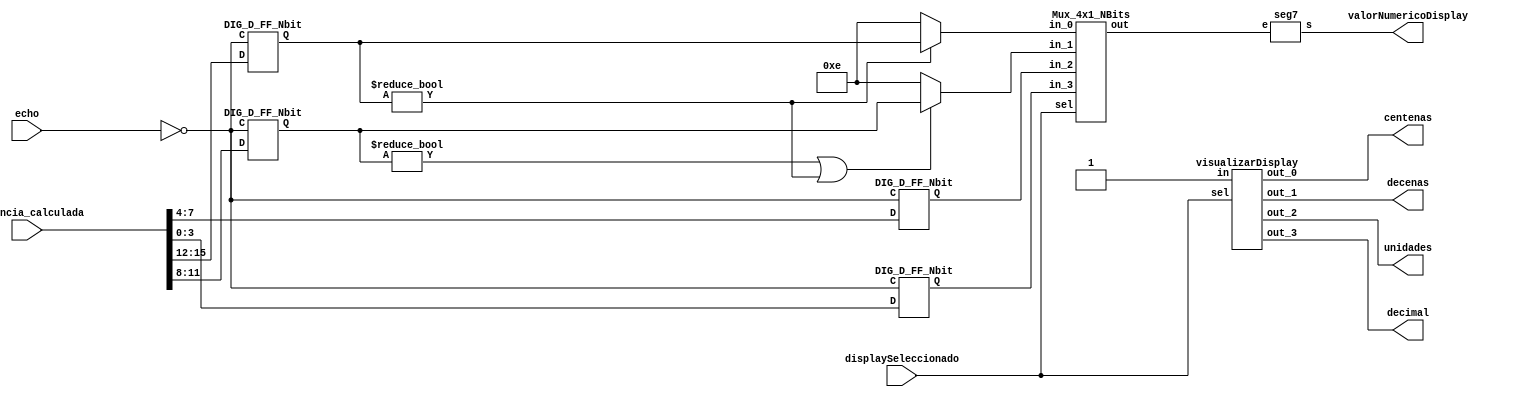
module mostrarDisplay (
  input echo,
  input [15:0] distancia_calculada,
  input [1:0] displaySeleccionado,
  output centenas,
  output decenas,
  output unidades,
  output decimal,
  output [6:0] valorNumericoDisplay
);
  wire [3:0] s8;
  wire s9;
  wire [3:0] s10;
  wire [3:0] s11;
  wire [3:0] s12;
  wire [3:0] s16;
  wire [3:0] s17;
  wire [3:0] s22;
  wire [3:0] s23;
  wire [3:0] s24;
  wire [3:0] s26;
  wire s27;
  wire [3:0] s28;
  wire s30;
  wire s31;
  wire [3:0] s32;
  
  
  assign s9 = ~ echo;
  assign s11 = distancia_calculada[3:0];
  assign s8 = distancia_calculada[7:4];
  assign s16 = distancia_calculada[11:8];
  assign s17 = distancia_calculada[15:12];
  assign s32 = 4'b1110;

DIG_D_FF_Nbit DIG_D_FF_Nbit_i15 (
    .D( s8 ),
    .C( s9 ),
    .Q( s10 )
  );
  DIG_D_FF_Nbit DIG_D_FF_Nbit_i16 (
    .D( s11 ),
    .C( s9 ),
    .Q( s12 )
  );
  DIG_D_FF_Nbit DIG_D_FF_Nbit_i17 (
    .D( s17 ),
    .C( s9 ),
    .Q( s28 )
  );
  DIG_D_FF_Nbit DIG_D_FF_Nbit_i18 (
    .D( s16 ),
    .C( s9 ),
    .Q( s26 )
  );
  assign s31 = (s26 != 4'b0 || s28 != 4'b0);
  assign s30 = s28 != 4'b0;
  assign s22 = s30 ? s28 : s32;
  assign s23 = s31 ? s26 : s32;

  Mux_4x1_NBits Mux_4x1_NBits_i24 (
    .sel( displaySeleccionado ),
    .in_0( s22 ),
    .in_1( s23 ),
    .in_2( s10 ),
    .in_3( s12 ),
    .out( s24 )
  );

seg7 seg7_i25 (
.e( s24 ),
.s( valorNumericoDisplay )
);
visualizarDisplay visualizarDisplay_i11 (
    .sel( displaySeleccionado ),
    .in( 1'b1 ),
    .out_0( centenas ),
    .out_1( decenas ),
    .out_2( unidades ),
    .out_3( decimal )
  );
endmodule

module seg7 (
  input [3:0] e,
  output [6:0] s
);
  wire e_0;
  wire e_1;
  wire e_2;
  wire s0;
  wire s1;
  wire s2;
  wire e_3;
  wire s3;
  assign e_0 = e[0];
  assign e_1 = e[1];
  assign e_2 = e[2];
  assign e_3 = e[3];
  assign s2 = ~ e_3;
  assign s1 = ~ e_2;
  assign s0 = ~ e_1;
  assign s3 = ~ e_0;
  assign s[0] = ((e_0 & s0 & s1 & s2) | (s3 & s0 & e_2) | (s3 & e_2 & e_3));
  assign s[1] = ((e_0 & s0 & e_2) | (s3 & e_1 & e_2) | (s3 & e_1 & e_3) | (s3 & e_2 & e_3));
  assign s[2] = ((s3 & e_1 & s1) | (s3 & e_1 & e_3) | (s0 & e_2 & e_3));
  assign s[3] = ((e_0 & s0 & s1) | (s3 & s0 & e_2 & s2) | (e_0 & e_1 & e_2 & s2) | (s3 & e_1 & e_3) | (e_0 & s1 & e_3));
  assign s[4] = ((e_0 & s2) | (e_0 & s0 & s1) | (s3 & e_1 & e_2 & e_3) | (s0 & e_2 & s2));
  assign s[5] = ((e_0 & s1 & s2) | (e_0 & e_1 & s2) | (s3 & e_1 & e_2 & e_3) | (e_1 & s1 & s2));
  assign s[6] = ((e_0 & e_1 & e_2) | (s0 & s1 & s2) | (e_2 & e_3));
endmodule

module Mux_4x1_NBits 
(
    input [1:0] sel,
    input [(4 - 1):0] in_0,
    input [(4 - 1):0] in_1,
    input [(4 - 1):0] in_2,
    input [(4 - 1):0] in_3,
    output reg [(4 - 1):0] out
);
    always @ (*) begin
        case (sel)
            2'h0: out = in_0;
            2'h1: out = in_1;
            2'h2: out = in_2;
            2'h3: out = in_3;
            default:
                out = 'h0;
        endcase
    end
endmodule

module visualizarDisplay
(
    output out_0,
    output out_1,
    output out_2,
    output out_3,
    input [1:0] sel,
    input in
);
    assign out_0 = (sel == 2'h0)? in : 0;
    assign out_1 = (sel == 2'h1)? in : 0;
    assign out_2 = (sel == 2'h2)? in : 0;
    assign out_3 = (sel == 2'h3)? in : 0;
endmodule

module DIG_D_FF_Nbit
(
   input [(4-1):0] D,
   input C,
   output [(4-1):0] Q
);
    reg [(4-1):0] state;

    assign Q = state;

    always @ (posedge C) begin
        state <= D;
    end

    initial begin
        state = 0;
    end
endmodule